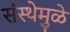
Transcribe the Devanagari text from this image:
संस्थेमुळे